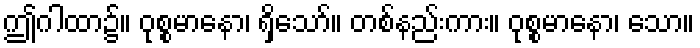
ဤဂါထာ၌။ ဝုစ္စမာနော၊ ရှိသော်။ တစ်နည်းကား။ ဝုစ္စမာနော၊ သော။